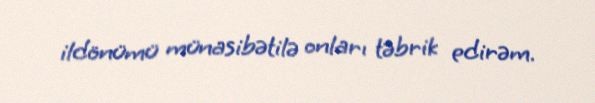
ildönümü münasibətilə onları təbrik edirəm.